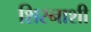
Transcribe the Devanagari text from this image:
शिस्नाशी